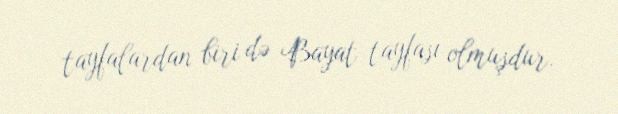
tayfalardan biri də Bayat tayfası olmuşdur.